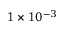
1 \times 1 0 ^ { - 3 }